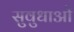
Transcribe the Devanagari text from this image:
सुवुधाओं